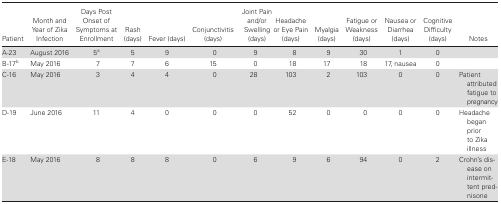
<table><thead><tr><td><b>Patient</b></td><td><b>Month and Year of Zika Infection</b></td><td><b>Days Post Onset of Symptoms at Enrollment</b></td><td><b>Rash (days)</b></td><td><b>Fever (days)</b></td><td><b>Conjunctivitis (days)</b></td><td><b>Joint Pain and/or Swelling (days)</b></td><td><b>Headache or Eye Pain (days)</b></td><td><b>Myalgia (days)</b></td><td><b>Fatigue or Weakness (days)</b></td><td><b>Nausea or Diarrhea (days)</b></td><td><b>Cognitive Difficulty (days)</b></td><td><b>Notes</b></td></tr></thead><tbody><tr><td>A-23</td><td>August 2016</td><td>5<sup>a</sup></td><td>5</td><td>9</td><td>0</td><td>9</td><td>8</td><td>9</td><td>30</td><td>1</td><td>0</td><td></td></tr><tr><td>B-17<sup>b</sup></td><td>May 2016</td><td>7</td><td>7</td><td>6</td><td>15</td><td>0</td><td>18</td><td>17</td><td>18</td><td>17, nausea</td><td>0</td><td></td></tr><tr><td>C-16</td><td>May 2016</td><td>3</td><td>4</td><td>4</td><td>0</td><td>28</td><td>103</td><td>2</td><td>103</td><td>0</td><td>0</td><td>Patient attributed fatigue to pregnancy</td></tr><tr><td>D-19</td><td>June 2016</td><td>11</td><td>4</td><td>0</td><td>0</td><td>0</td><td>52</td><td>0</td><td>0</td><td>0</td><td>0</td><td>Headache began prior to Zika illness</td></tr><tr><td>E-18</td><td>May 2016</td><td>8</td><td>8</td><td>8</td><td>0</td><td>6</td><td>9</td><td>6</td><td>94</td><td>0</td><td>2</td><td>Crohn’s disease on intermittent prednisone</td></tr></tbody></table>